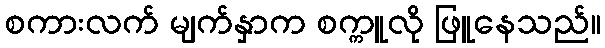
စကားလက် မျက်နှာက စက္ကူလို ဖြူနေသည်။